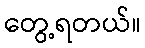
တွေ့ရတယ်။